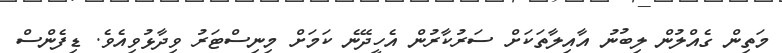
މަތިން ގެއްލުން ލިބުނު އާއިލާތަކަށް ސަރުކާރުން އެހީދޭނެ ކަމަށް މިނިސްޓަރު ވިދާޅުވިއެވެ. ޑިފެންސް